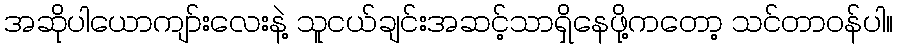
အဆိုပါယောကျာ်းလေးနဲ့ သူငယ်ချင်းအဆင့်သာရှိနေဖို့ကတော့ သင်တာဝန်ပါ။